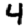
Digit: 4